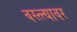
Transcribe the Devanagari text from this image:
वस्त्त्यावर